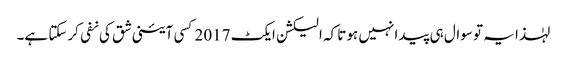
لہٰذا یہ تو سوال ہی پیدا نہیں ہوتا کہ الیکشن ایکٹ 2017 کسی آئینی شق کی نفی کرسکتا ہے۔